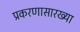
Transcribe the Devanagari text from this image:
प्रकरणासारख्या